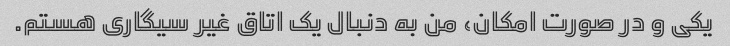
یکی و در صورت امکان، من به دنبال یک اتاق غیر سیگاری هستم.